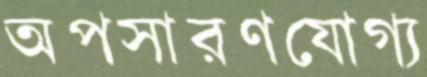
অপসারণযোগ্য